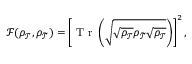
\mathcal { F } ( \rho _ { \mathcal { T } } ^ { } , \rho _ { \widetilde { \mathcal { T } } } ) = \left[ \mathrm { ~ T ~ r ~ } \left( \sqrt { \sqrt { \rho _ { \mathcal { T } } } \rho _ { \widetilde { \mathcal { T } } } \sqrt { \rho _ { \mathcal { T } } } } \right) \right] ^ { 2 } ,